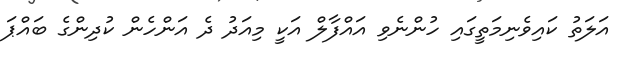
އަލަތު ކައިވެނިމަތީގައި ހުންނެވި އައްފާލް އަކީ މިއަދު ދެ އަންހެން ކުދިންގެ ބައްޕަ